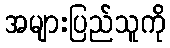
အများပြည်သူကို